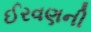
ઈરવણની